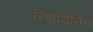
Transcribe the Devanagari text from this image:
रिफायनिंग